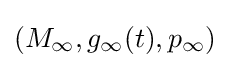
(M_{\infty },g_{\infty }(t),p_{\infty })